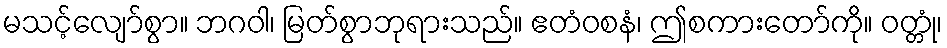
မသင့်လျော်စွာ။ ဘဂဝါ၊ မြတ်စွာဘုရားသည်။ ဧတံဝစနံ၊ ဤစကားတော်ကို။ ဝတ္တုံ၊